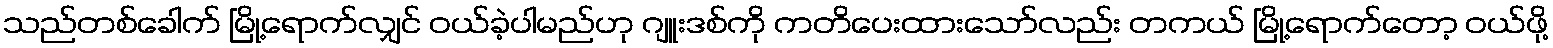
သည်တစ်ခေါက် မြို့ရောက်လျှင် ဝယ်ခဲ့ပါမည်ဟု ဂျူးဒစ်ကို ကတိပေးထားသော်လည်း တကယ် မြို့ရောက်တော့ ဝယ်ဖို့